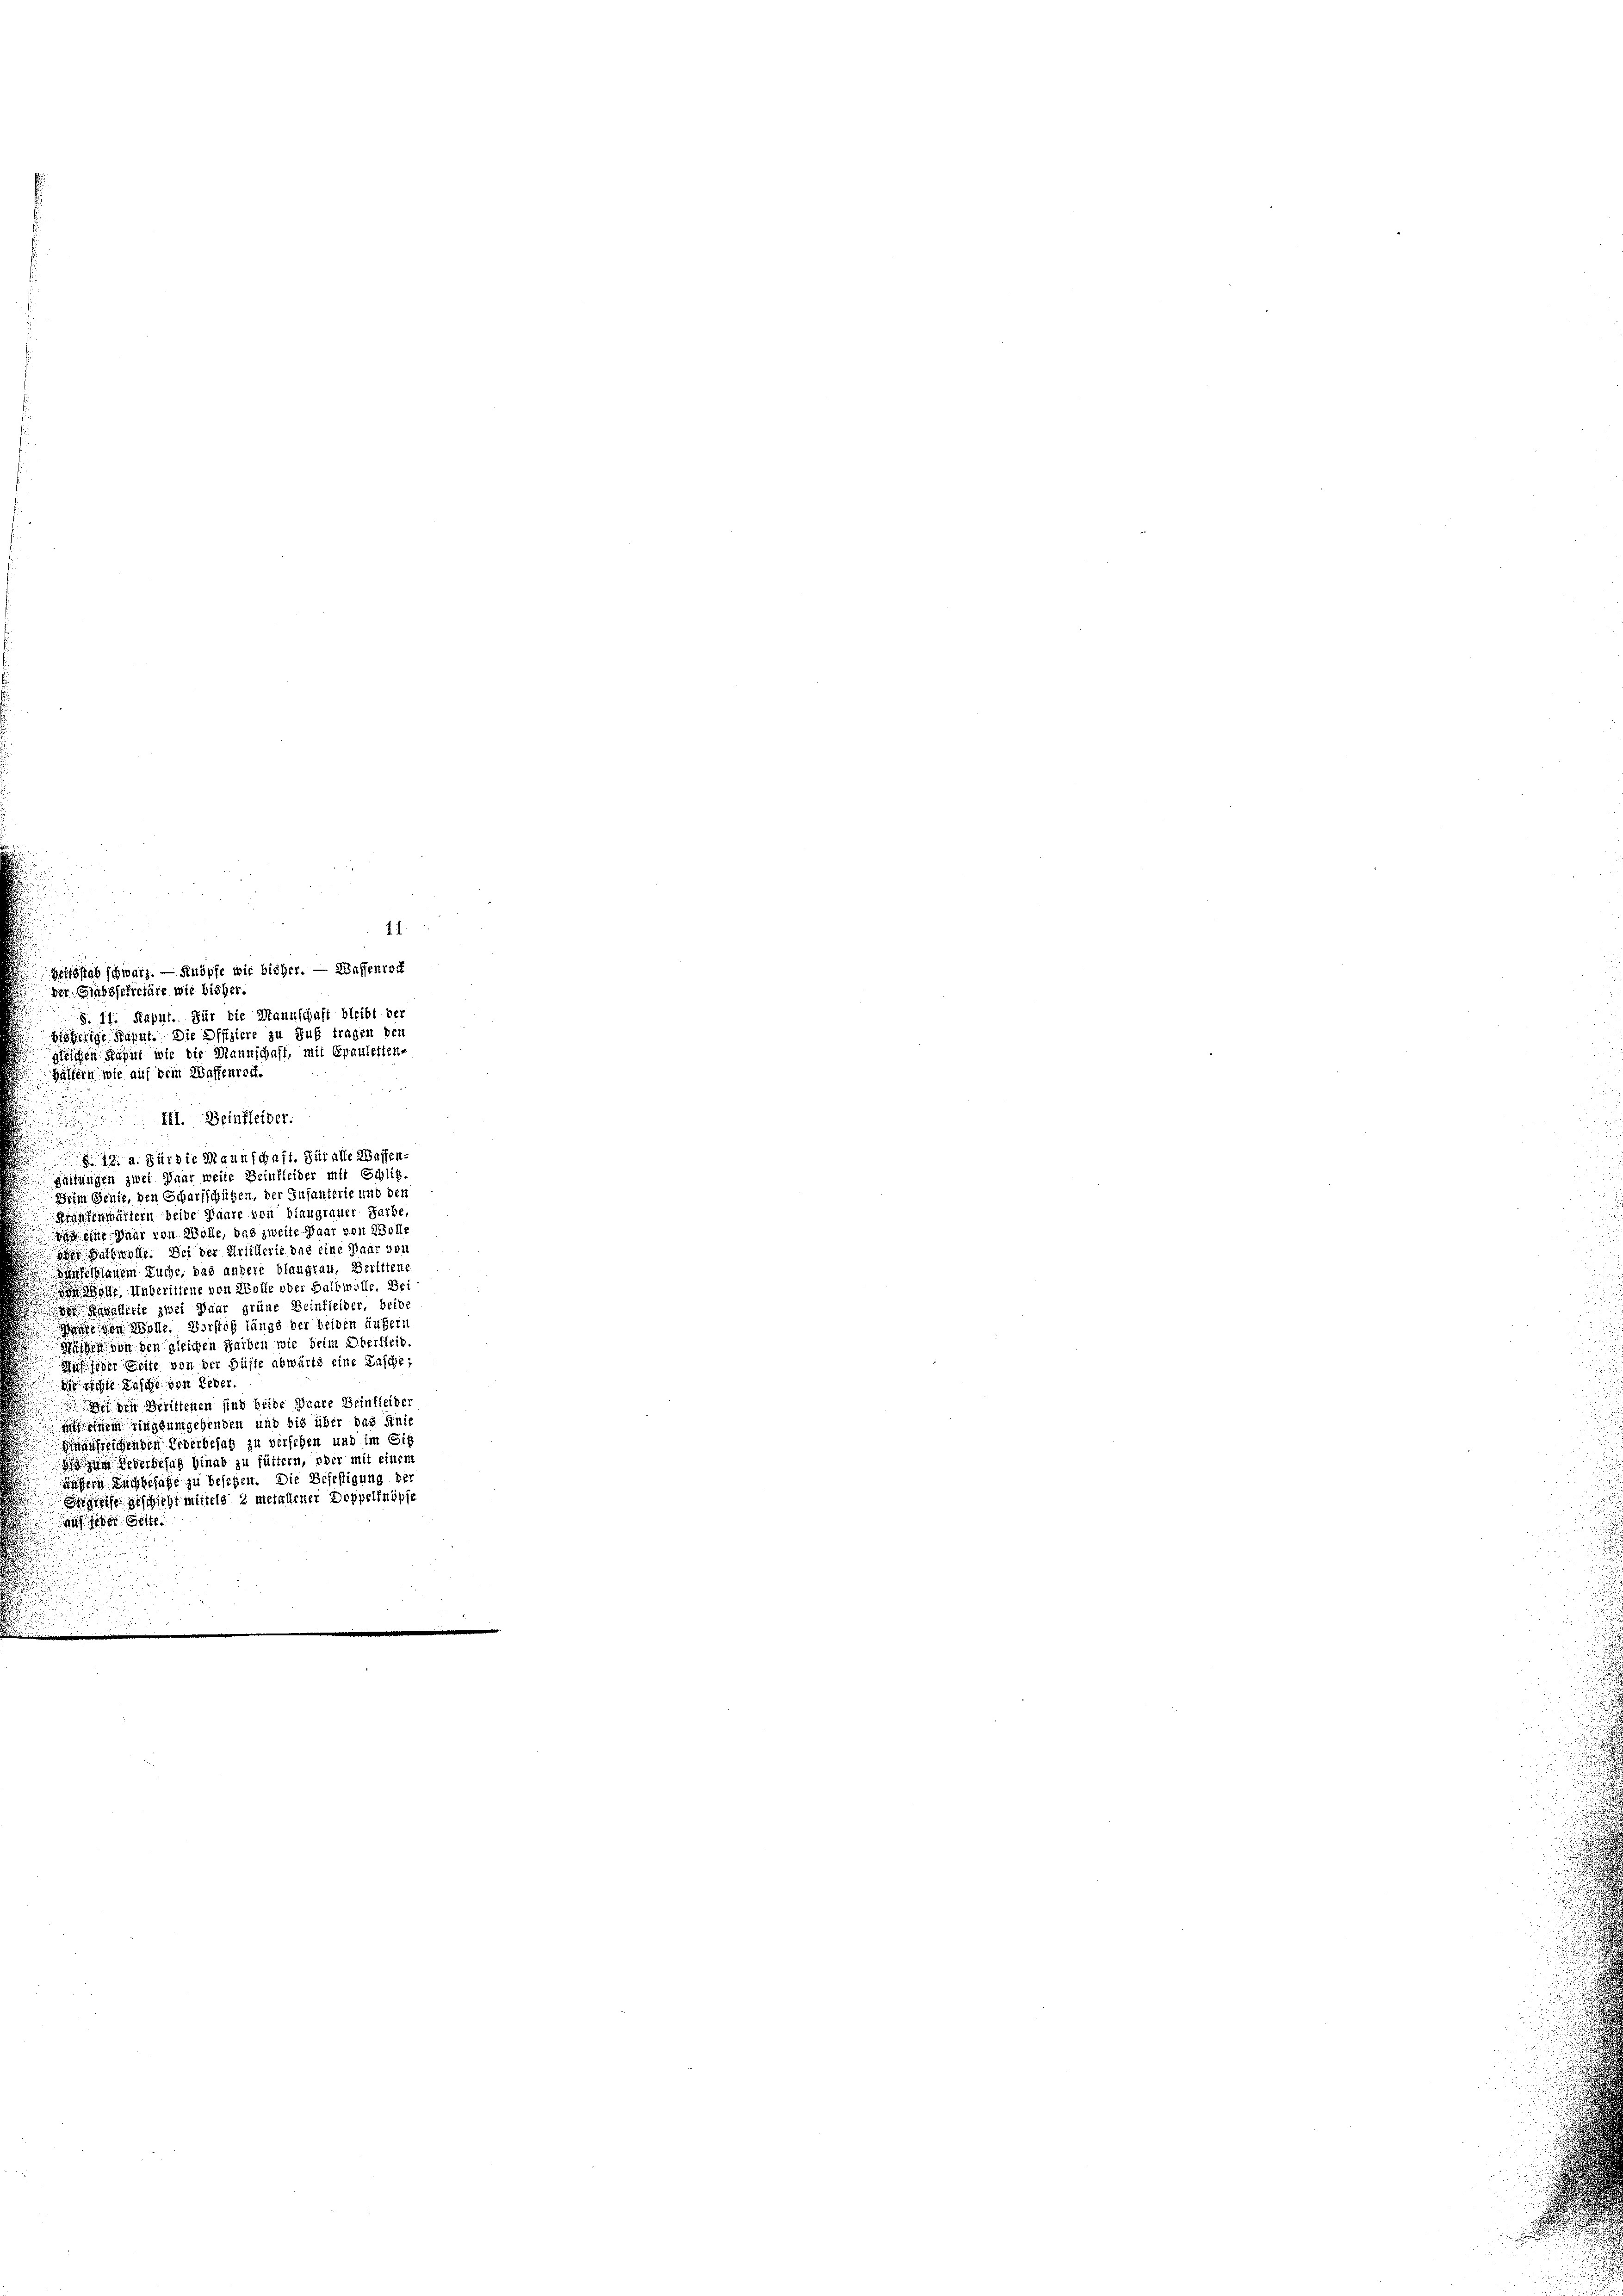
11
Zeitsstab schwarz. — Knöpfe wir bisher. — Wassenrock
der Gassekretäre wie bisher.
S. 11. Rähnt. Für die Mannschaft bleibt der
bisherige Rahnt. Die Offiziere zu Suf tragen den
gleichen Kaput wie die Mannschaft, mit Epauleiten-
Hältern wie auf dem Waffentret
III. Beinfleider.
e
§. 19. a. Fürste Mannschaft. Für alle Wassen-
faltungen zwei Haar weite Beinfleiber mit Schlitz
Beim Genie, den Scharfschützen, der Infanterie und den
Krautenmältern beide Paare von blaugrauer Farbe,
dit eine Paar von Wolle, uns zweite Waar von Wolle
e Sachwelle. Bei der Artillerie das eine Baar von
sfelblauem Küche, das andere blaugrau, Berittene
ole Unberittene von Wolle ober Balbwolle. Bei
de allerie zwei Paar grüne Beinfleiber, beide
ae von Wolle. Vorstoß längs der beiden äufert
Müschen von den gleichen Leiben wie beim Oberfleid
us jeder Seite von der Büste abwärts eine Tasche;
deichte Lasse von Leder
Dich den Berittenen sind beide Paare Beinfleider
 einem gingsumgehenden und bis über das Knie
ausreichenden Eiderbesatz zu versehen und im Si
 Severbesaß hinab zu füttern, ober mit einen
ägern Euch besage zu besehen. Die Befestigung be
greife geschieht mittels 2 metallener Doppeltnöpfe
auf der Seite